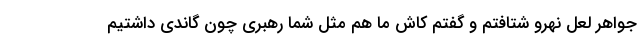
جواهر لعل نهرو شتافتم و گفتم کاش ما هم مثل شما رهبری چون گاندی داشتیم